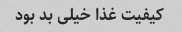
کیفیت غذا خیلی بد بود